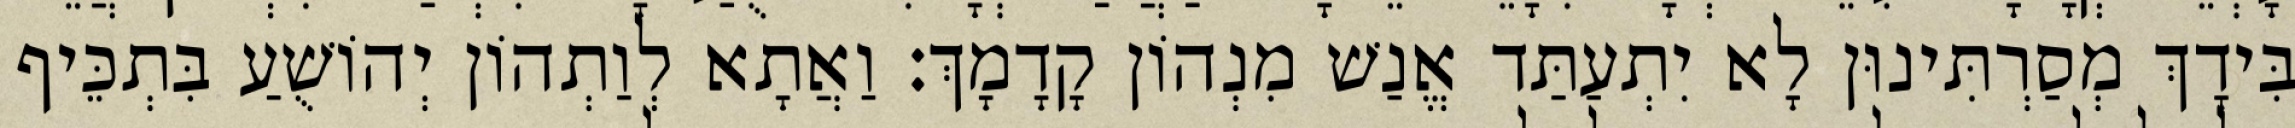
בִּידָךְ מְסַרְתִּינוּן לָא יִתְעַתַּד אֱנַשׁ מִנְהוֹן קָדָמָךְ׃ וַאֲתָא לְוַתְהוֹן יְהוֹשֻׁעַ בִּתְכֵּיף